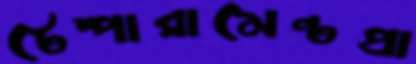
টেম্পারামেন্টপ্রা